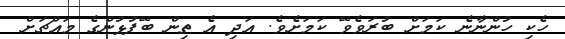
ހެކި ހުންނާނެ ކަމަށް ބުރަވެވޭ ކަމަށެވެ. އަދި އެ ތިން ބޭފުޅުންގެ މައްޗަށް